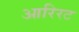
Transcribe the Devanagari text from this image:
आरिरट